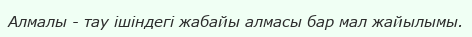
Алмалы - тау ішіндегі жабайы алмасы бар мал жайылымы.